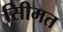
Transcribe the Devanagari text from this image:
सीिमत